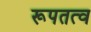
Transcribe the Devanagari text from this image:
रूपतत्व